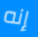
إنه